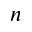
n